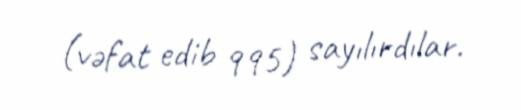
(vəfat edib 995) sayılırdılar.